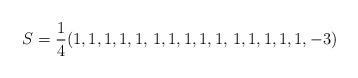
\begin{align*}S=\frac 14(1,1,1,1,1,\, 1,1,1,1,1,\, 1,1,1,1,1,-3)\end{align*}